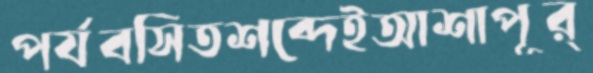
পর্যবসিতশব্দেইআশাপূর্